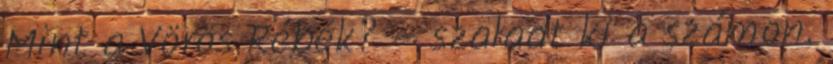
Mint a Vörös Rébék? – szaladt ki a számon.